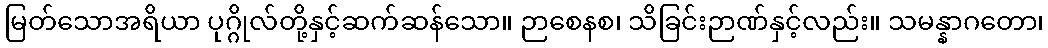
မြတ်သောအရိယာ ပုဂ္ဂိုလ်တို့နှင့်ဆက်ဆန်သော။ ဉာစေနစ၊ သိခြင်းဉာဏ်နှင့်လည်း။ သမန္နာဂတော၊